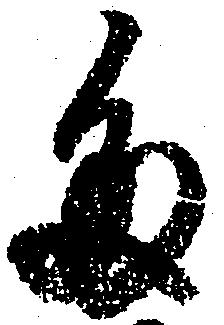
多